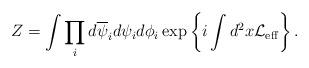
LaTeX: \begin{align*}Z = \int \prod_i d\overline{\psi}_i d\psi_i d\phi_i \exp\left\{i\int d^2x {\cal L}_{\rm eff}\right\}.\end{align*}